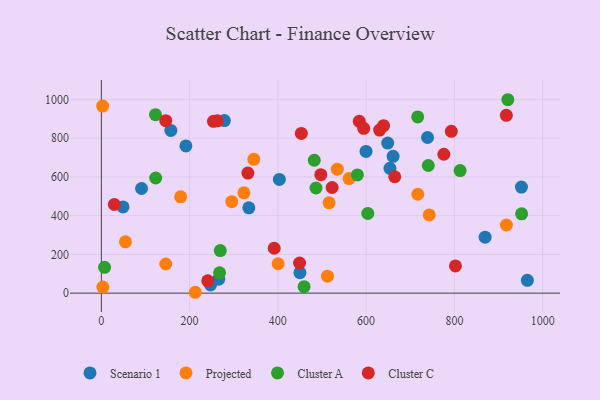
{"axis": {"x": "Distance", "y": "Sales"}, "legend": ["Cluster A", "Cluster C", "Projected", "Scenario 1"], "data": [{"x": "49.1", "y": 445.0, "type": "Scenario 1"}, {"x": "334.2", "y": 440.5, "type": "Scenario 1"}, {"x": "403.4", "y": 587.0, "type": "Scenario 1"}, {"x": "952.0", "y": 547.6, "type": "Scenario 1"}, {"x": "965.4", "y": 66.0, "type": "Scenario 1"}, {"x": "91.1", "y": 540.3, "type": "Scenario 1"}, {"x": "278.8", "y": 891.2, "type": "Scenario 1"}, {"x": "654.0", "y": 644.3, "type": "Scenario 1"}, {"x": "661.1", "y": 706.2, "type": "Scenario 1"}, {"x": "450.0", "y": 105.6, "type": "Scenario 1"}, {"x": "247.5", "y": 42.6, "type": "Scenario 1"}, {"x": "157.5", "y": 839.9, "type": "Scenario 1"}, {"x": "739.2", "y": 803.5, "type": "Scenario 1"}, {"x": "266.0", "y": 72.1, "type": "Scenario 1"}, {"x": "599.8", "y": 731.5, "type": "Scenario 1"}, {"x": "648.9", "y": 774.7, "type": "Scenario 1"}, {"x": "869.6", "y": 288.8, "type": "Scenario 1"}, {"x": "191.6", "y": 760.3, "type": "Scenario 1"}, {"x": "534.7", "y": 639.9, "type": "Projected"}, {"x": "561.4", "y": 591.6, "type": "Projected"}, {"x": "516.0", "y": 466.1, "type": "Projected"}, {"x": "146.0", "y": 150.6, "type": "Projected"}, {"x": "295.5", "y": 472.0, "type": "Projected"}, {"x": "512.3", "y": 87.7, "type": "Projected"}, {"x": "717.1", "y": 510.5, "type": "Projected"}, {"x": "345.5", "y": 690.8, "type": "Projected"}, {"x": "323.1", "y": 518.0, "type": "Projected"}, {"x": "2.9", "y": 965.7, "type": "Projected"}, {"x": "917.9", "y": 351.9, "type": "Projected"}, {"x": "743.0", "y": 404.1, "type": "Projected"}, {"x": "179.7", "y": 497.2, "type": "Projected"}, {"x": "54.6", "y": 265.2, "type": "Projected"}, {"x": "212.8", "y": 4.5, "type": "Projected"}, {"x": "3.4", "y": 31.6, "type": "Projected"}, {"x": "400.6", "y": 151.8, "type": "Projected"}, {"x": "580.2", "y": 610.3, "type": "Cluster A"}, {"x": "603.8", "y": 411.8, "type": "Cluster A"}, {"x": "740.9", "y": 658.9, "type": "Cluster A"}, {"x": "7.3", "y": 133.1, "type": "Cluster A"}, {"x": "482.5", "y": 686.1, "type": "Cluster A"}, {"x": "813.0", "y": 632.8, "type": "Cluster A"}, {"x": "716.9", "y": 909.7, "type": "Cluster A"}, {"x": "122.7", "y": 921.6, "type": "Cluster A"}, {"x": "486.4", "y": 542.8, "type": "Cluster A"}, {"x": "952.4", "y": 409.7, "type": "Cluster A"}, {"x": "123.2", "y": 594.4, "type": "Cluster A"}, {"x": "269.5", "y": 219.8, "type": "Cluster A"}, {"x": "459.4", "y": 33.5, "type": "Cluster A"}, {"x": "921.2", "y": 998.6, "type": "Cluster A"}, {"x": "267.9", "y": 104.8, "type": "Cluster A"}, {"x": "802.4", "y": 140.4, "type": "Cluster C"}, {"x": "263.0", "y": 889.9, "type": "Cluster C"}, {"x": "584.5", "y": 887.2, "type": "Cluster C"}, {"x": "630.6", "y": 841.8, "type": "Cluster C"}, {"x": "241.1", "y": 63.6, "type": "Cluster C"}, {"x": "497.3", "y": 611.5, "type": "Cluster C"}, {"x": "793.0", "y": 835.5, "type": "Cluster C"}, {"x": "332.1", "y": 619.7, "type": "Cluster C"}, {"x": "664.9", "y": 600.9, "type": "Cluster C"}, {"x": "917.7", "y": 918.2, "type": "Cluster C"}, {"x": "29.5", "y": 457.6, "type": "Cluster C"}, {"x": "776.1", "y": 717.2, "type": "Cluster C"}, {"x": "449.2", "y": 155.6, "type": "Cluster C"}, {"x": "146.0", "y": 890.4, "type": "Cluster C"}, {"x": "594.5", "y": 850.9, "type": "Cluster C"}, {"x": "254.1", "y": 887.3, "type": "Cluster C"}, {"x": "523.0", "y": 545.5, "type": "Cluster C"}, {"x": "639.5", "y": 864.5, "type": "Cluster C"}, {"x": "391.7", "y": 231.9, "type": "Cluster C"}, {"x": "453.2", "y": 824.5, "type": "Cluster C"}]}